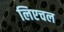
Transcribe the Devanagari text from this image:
लिएचल